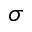
\sigma